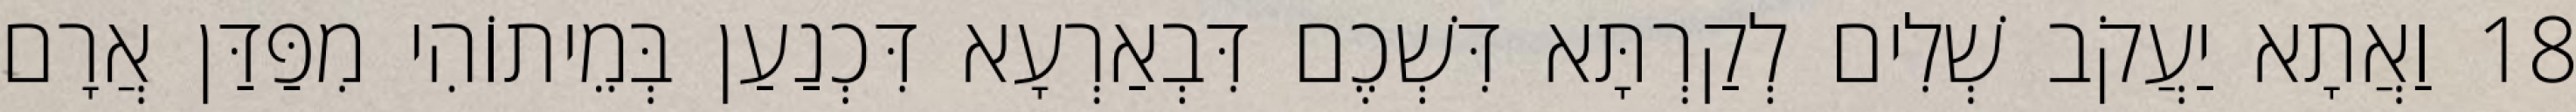
18 וַאֲתָא יַעֲקֹב שְׁלִים לְקַרְתָּא דִּשְׁכֶם דִּבְאַרְעָא דִּכְנַעַן בְּמֵיתוֹהִי מִפַּדַּן אֲרָם